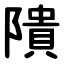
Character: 隤